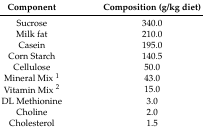
| Component | Composition (g/kg diet) |
 | --- | --- |
 | Sucrose | 340.0 |
 | Milk fat | 210.0 |
 | Casein | 195.0 |
 | Corn Starch | 140.5 |
 | Cellulose | 50.0 |
 | Mineral Mix 1 | 43.0 |
 | Vitamin Mix 2 | 15.0 |
 | DL Methionine | 3.0 |
 | Choline | 2.0 |
 | Cholesterol | 1.5 |